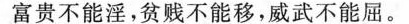
富贵不能淫，贫贱不能移，威武不能屈。